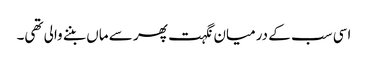
اسی سب کے درمیان نگہت پھر سے ماں بننے والی تھی۔